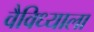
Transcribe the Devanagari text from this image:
वैविध्याला